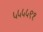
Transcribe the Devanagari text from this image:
५५५५९१